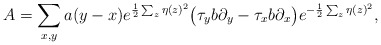
\begin{align*}A = \sum_{x,y} a(y-x) e^{\frac{1}{2} \sum_z \eta(z)^2} \big(\tau_yb\partial_y-\tau_xb\partial_x\big) e^{-\frac{1}{2} \sum_z \eta(z)^2},\end{align*}